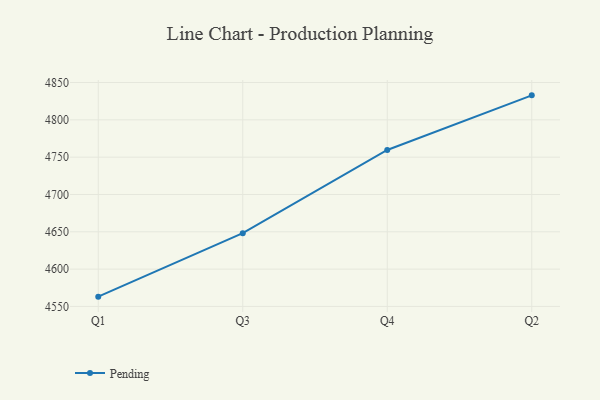
{"axis": {"x": "Quarter", "y": "Budget (USD K)"}, "legend": ["Pending"], "data": [{"x": "Q1", "y": 4563.1, "type": "Pending"}, {"x": "Q3", "y": 4648.2, "type": "Pending"}, {"x": "Q4", "y": 4759.6, "type": "Pending"}, {"x": "Q2", "y": 4832.8, "type": "Pending"}]}